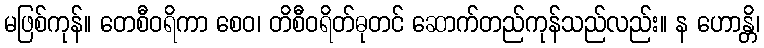
မဖြစ်ကုန်။ တေစီဝရိကာ စေဝ၊ တိစီဝရိတ်ဓုတင် ဆောက်တည်ကုန်သည်လည်း။ န ဟောန္တိ၊